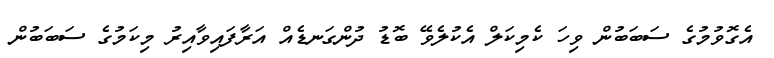
އެގޮވުމުގެ ސަބަބުން ވިހަ ކެމިކަލް އެކުލެވޭ ބޮޑު ދުންގަނޑެއް އަރާފައިވާއިރު މިކަމުގެ ސަބަބުން